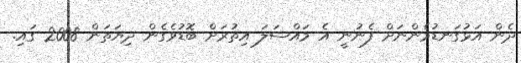
ދެން އަޅުގަނޑުމެންނަށް ފެނުނީ އެ މައްސަލަ އިތުރަށް ބޮޑުވެގެން ދިޔަތަން 2008 ގައި.